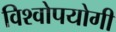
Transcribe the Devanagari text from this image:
विश्वोपयोगी